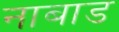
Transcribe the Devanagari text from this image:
नाबाड